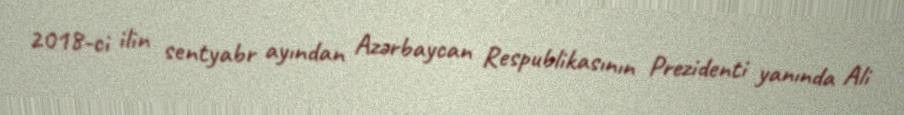
2018-ci ilin sentyabr ayından Azərbaycan Respublikasının Prezidenti yanında Ali